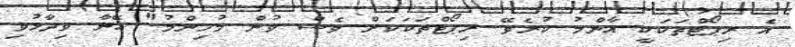
އެ ރިޕޯޓްތަކަކީ އާންމު ކުރެވޭ ރިޕޯޓްތަކަކަށް ވެސް ވުން މުހިންމު" އޭނާ ވިދާޅުވި